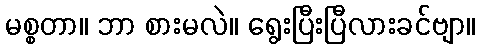
မစ္စတာ။ ဘာ စားမလဲ။ ရွေးပြီးပြီလားခင်ဗျာ။